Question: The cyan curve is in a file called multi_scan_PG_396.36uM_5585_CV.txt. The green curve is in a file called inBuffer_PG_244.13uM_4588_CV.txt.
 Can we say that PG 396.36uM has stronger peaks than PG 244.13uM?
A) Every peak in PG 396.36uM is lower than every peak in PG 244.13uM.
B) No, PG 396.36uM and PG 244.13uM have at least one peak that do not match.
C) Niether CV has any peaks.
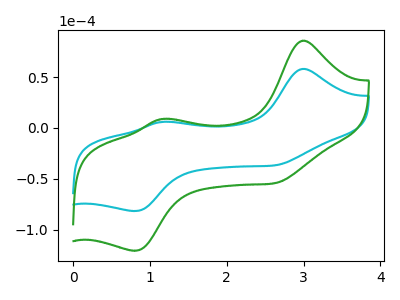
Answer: <think>The cyan curve "PG 396.36uM" has anodic peaks at (3.00V, 58.05uA) (1.15V, 6.00uA) and cathodic peaks at (2.65V, -36.35uA) (0.80V, -81.60uA). The green curve "PG 244.13uM" has anodic peaks at (3.00V, 85.75uA) (1.15V, 8.85uA) and cathodic peaks at (2.65V, -53.70uA) (0.80V, -120.55uA).</think>
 <answer>A) Every peak in "PG 396.36uM" is lower than every peak in "PG 244.13uM".</answer>
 <eval>A</eval>